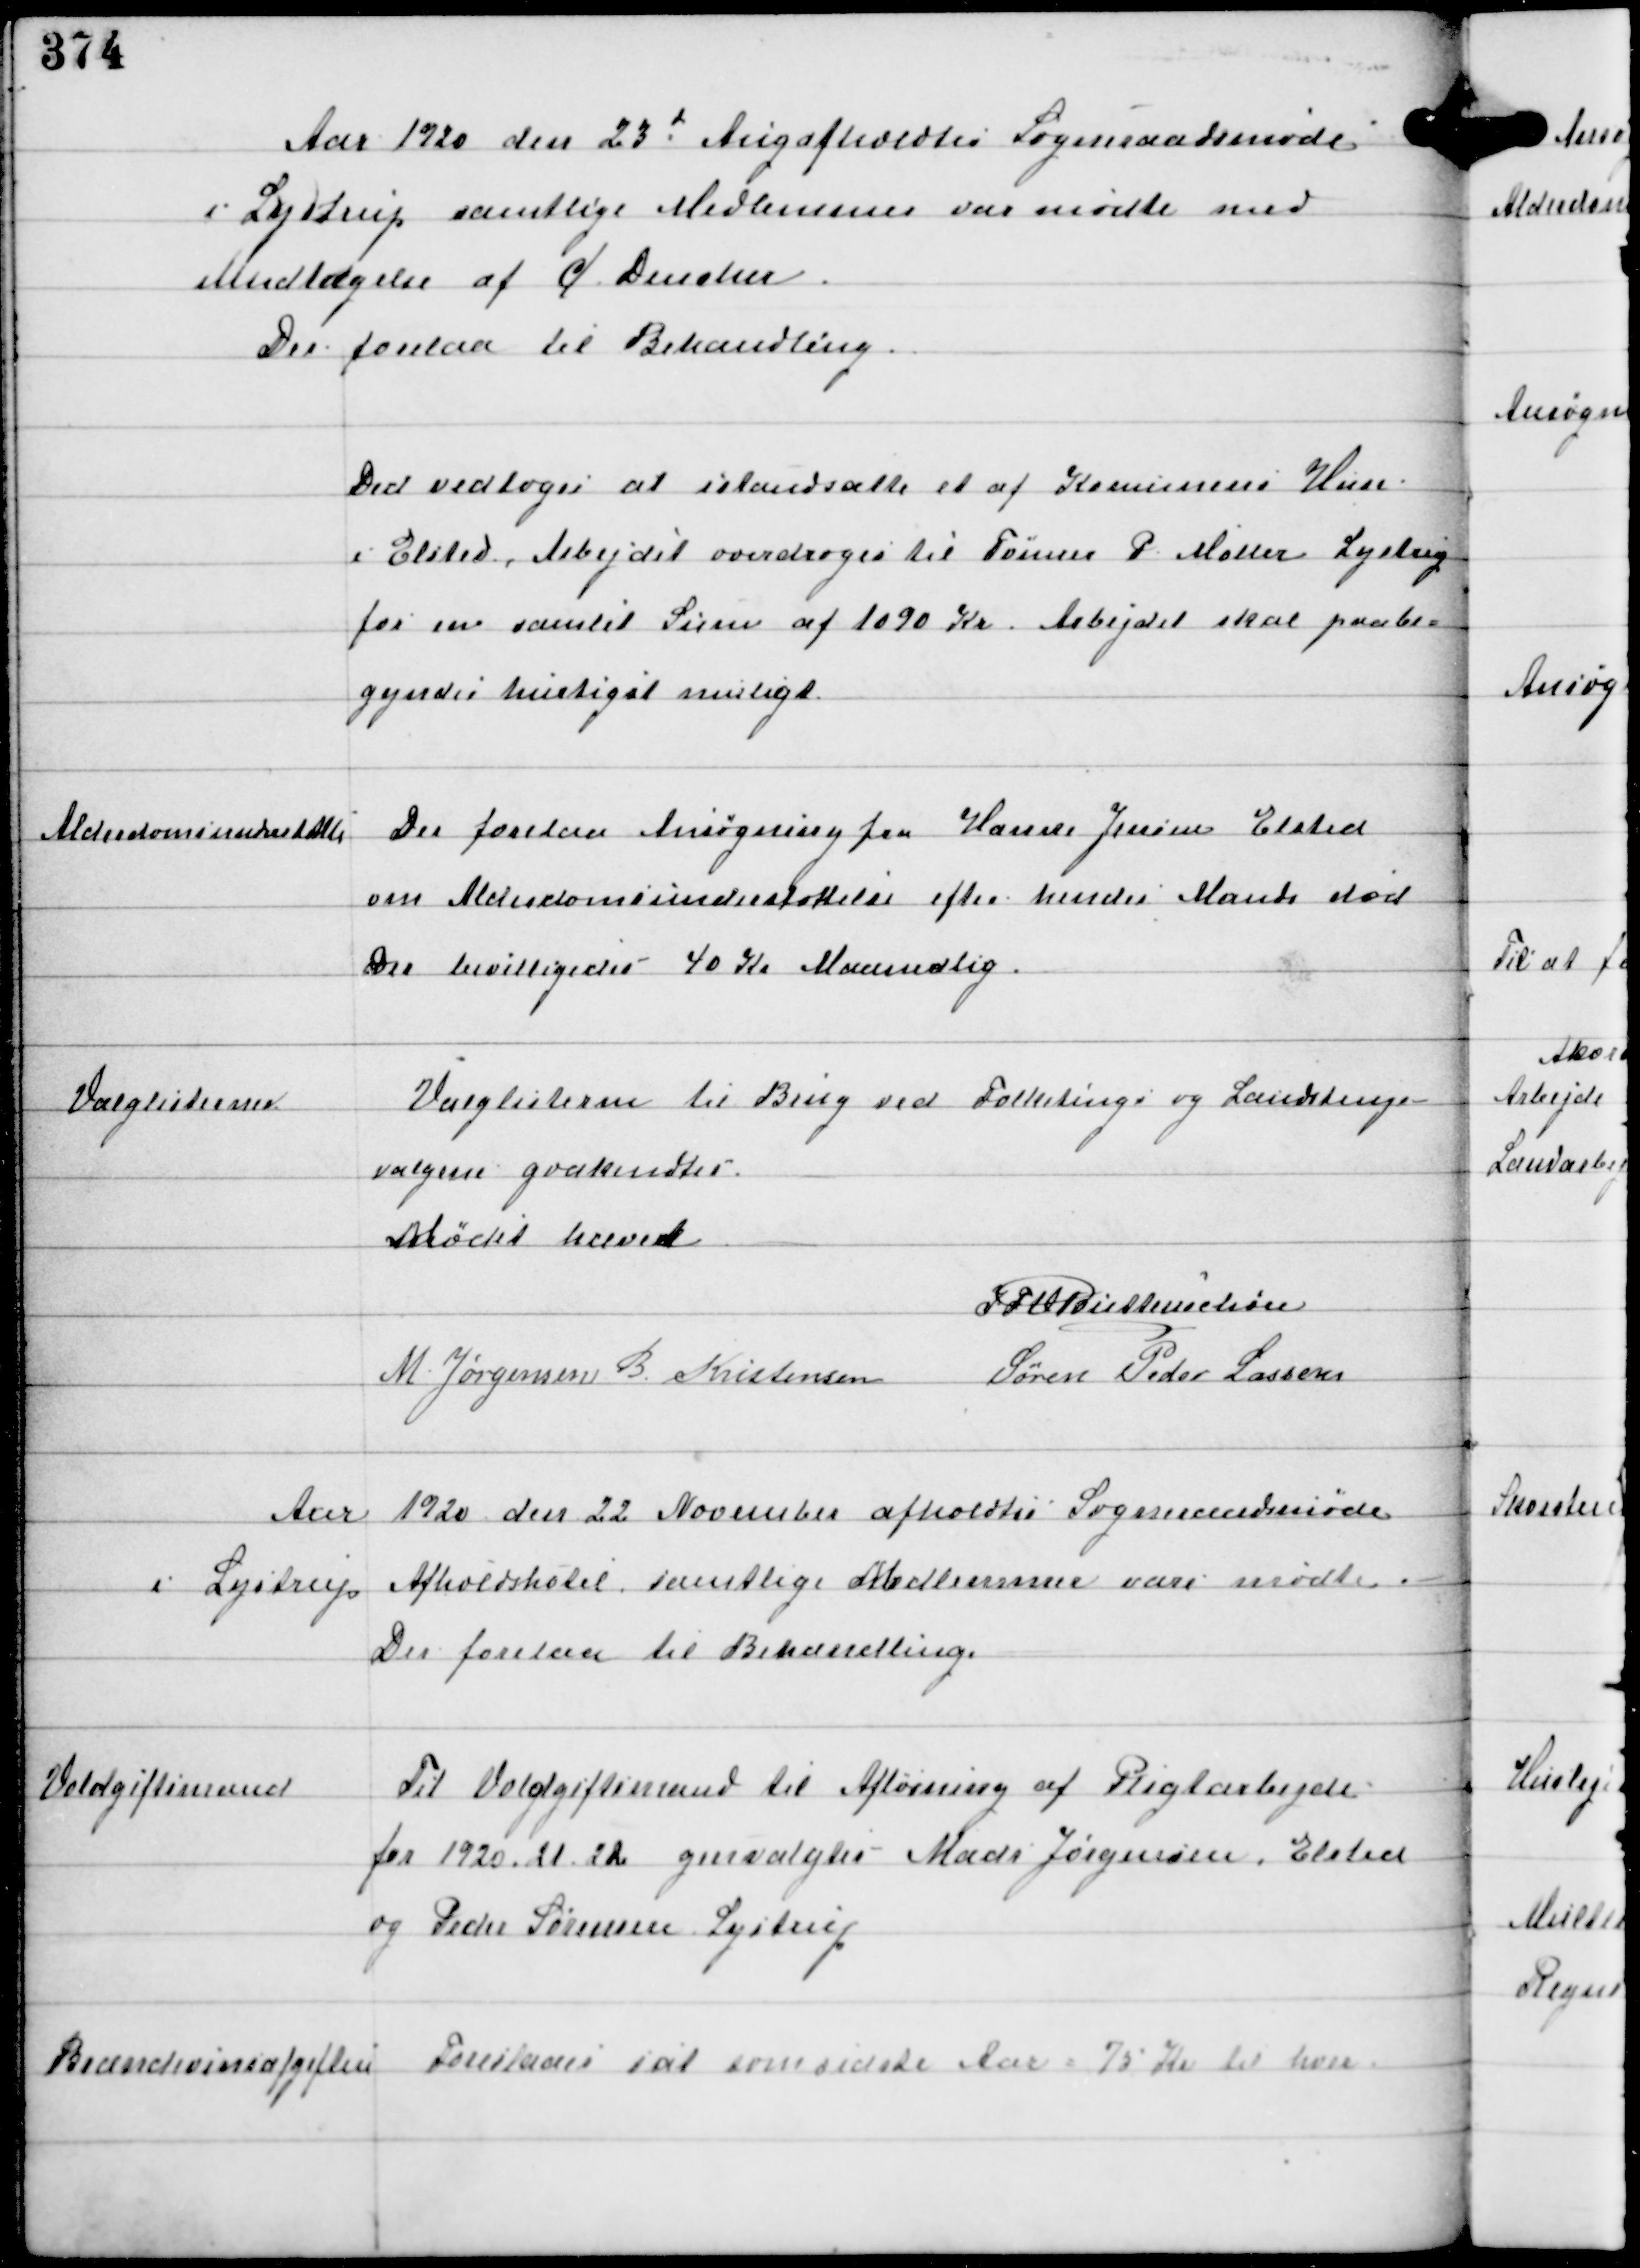
Transskription:
Aar 1920 den 23d Aug afholdtes Sogneraadsmøde
i Lystrup samtlige Medlemmer var mødte med
Undtagelse af C Dencker
Der forelaa til Behandling.

Det vedtoges at istandsætte et af Komunens Huse
i Elsted. Arbejdet overdroges  til Tømrer P. Møller Lystrup
for en samlet Sum af 1090 Kr. Arbejdet skal paabe-
gyndes hurtigst muligt.

Alderdomsunderstøttelse

Der forelaa Ansøgning fra Hanne Jensen Elsted
om Alderdomsunderstøttelse efter hendes Mands død.
Der bevilligedes 40 Kr Maanedlig.

Valglisterne

Valglisterne til Brug ved Folketings og Landstings-
valgene godkendtes.

Mødet hævet
IFV Buttenschøn
M. Jørgensen B. Kristensen
Søren Peder Lassen

Aar 1920 den 22 November afholdtes Sogneraadsmøde
i Lystrup Afholdshotel samtlige Medlemmer vare mødte.
Der forelaa til Behandling.

Voldgiftsmænd

Til Voldgiftsmænd til Afløsning af Pligtarbejde
for 1920, 21, 22 genvalgtes Mads Jørgensen, Elsted
og Peder Sørensen, Lystrup

Brændevinsafgiften

Foreslaaes sat som sidste Aar = 75 Kr til hver.